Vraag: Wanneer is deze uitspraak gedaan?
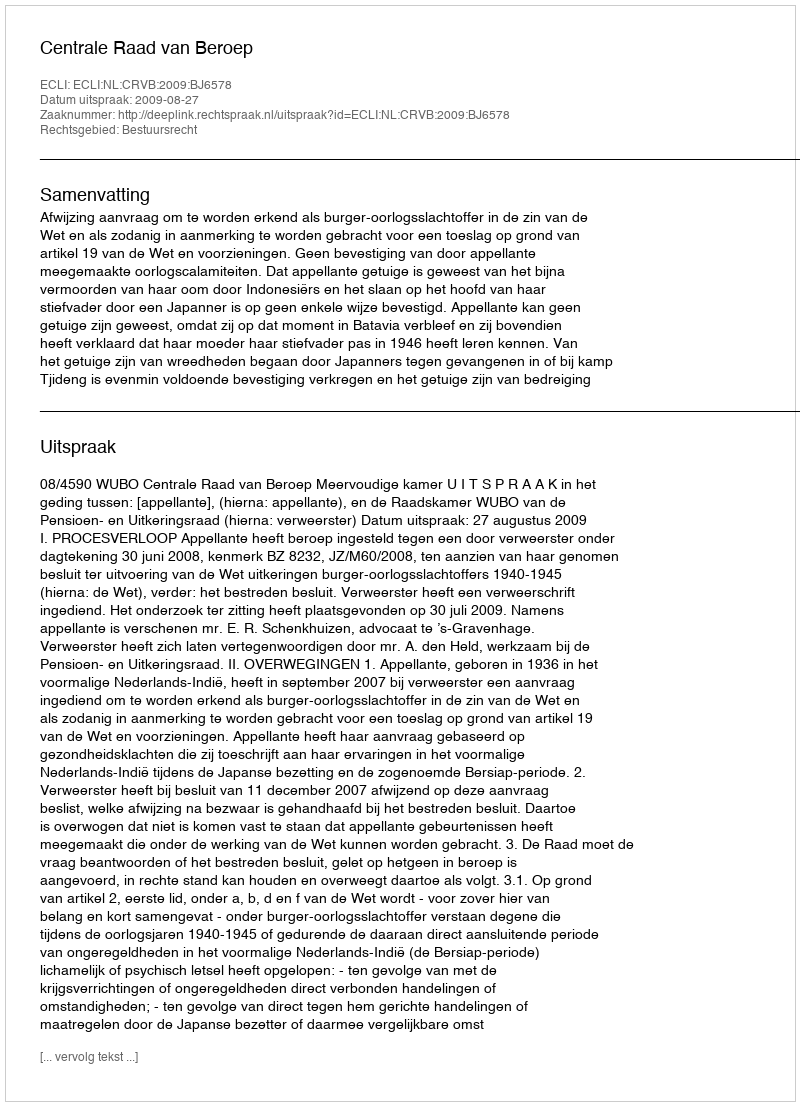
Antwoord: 2009-08-27